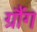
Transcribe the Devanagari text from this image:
ग्रौंग